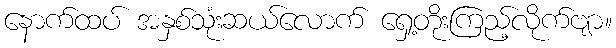
နောက်ထပ် အနှစ်သုံးဆယ်လောက် ရှေ့တိုးကြည့်လိုက်ဗျာ။